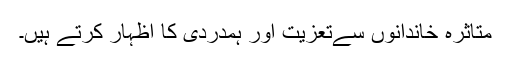
متاثرہ خاندانوں سےتعزیت اور ہمدردی کا اظہار کرتے ہیں۔